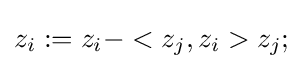
z_{i}:=z_{i}-<z_{j},z_{i}>z_{j};